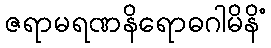
ဇရာမရဏနိရောဓဂါမိနိံ